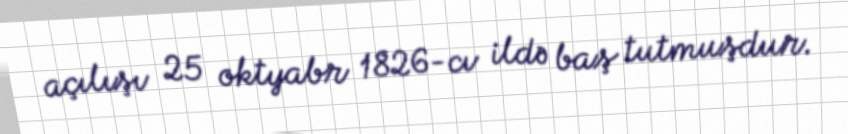
açılışı 25 oktyabr 1826-cı ildə baş tutmuşdur.